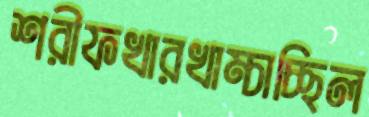
শরীফখারখাম্‌চাচ্ছিল